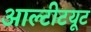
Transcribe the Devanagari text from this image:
आल्टीटयूट